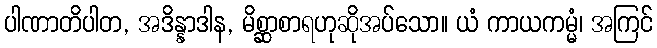
ပါဏာတိပါတ, အဒိန္နာဒါန, မိစ္ဆာစာရဟုဆိုအပ်သော။ ယံ ကာယကမ္မံ၊ အကြင်